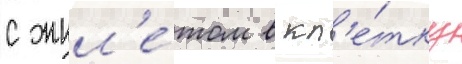
с жил'е́том в кл'е́тку